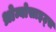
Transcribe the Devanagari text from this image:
थ्रोम्बोसाइट्स